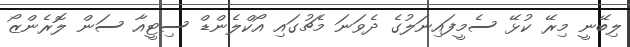
ލިބޭނީ މިރޭ ކުޅޭ ސެމީފައިނަލުގެ ދެވަނަ މެޗުގައި އޯކްލެންޑް ސިޓީއާ ސަން ލޮރެންޒޯ